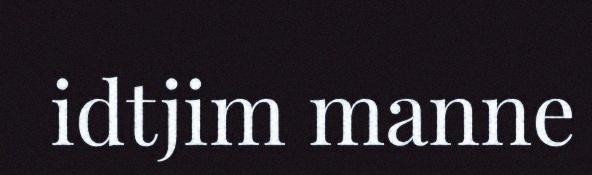
idtjim manne